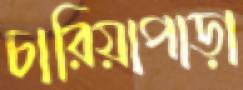
চারিয়াপাড়া